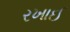
રખાઈ